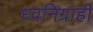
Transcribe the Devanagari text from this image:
ध्वनिग्राही